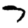
Digit: 7